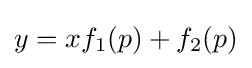
y=xf_{1}(p)+f_{2}(p)